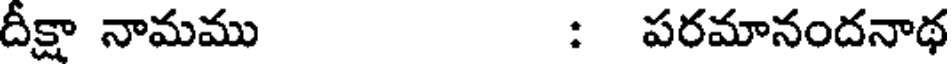
దీక్షా నామము : పరమానందనాథ